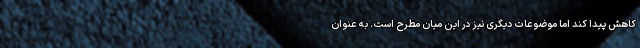
کاهش پیدا کند اما موضوعات دیگری نیز در این میان مطرح است. به عنوان